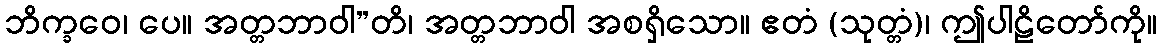
ဘိက္ခဝေ၊ ပေ။ အတ္တဘာဝါ”တိ၊ အတ္တဘာဝါ အစရှိသော။ ဧတံ (သုတ္တံ)၊ ဤပါဠိတော်ကို။